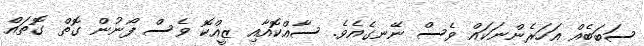
ސަބަބެއް އަހަރެންނަކައް ވެސް ނޭނގެއެވެ. ސާއްކޮއާއި ޒީއްކޮ ވެސް ފޯނުން ގޮތް ގޮތައް